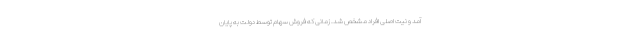
آمد و نیت اصلی افراد مشخص شد. زمانی که فروش سهام توسط دولت به پایان